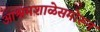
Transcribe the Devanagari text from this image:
आश्रमशाळेसमोरून